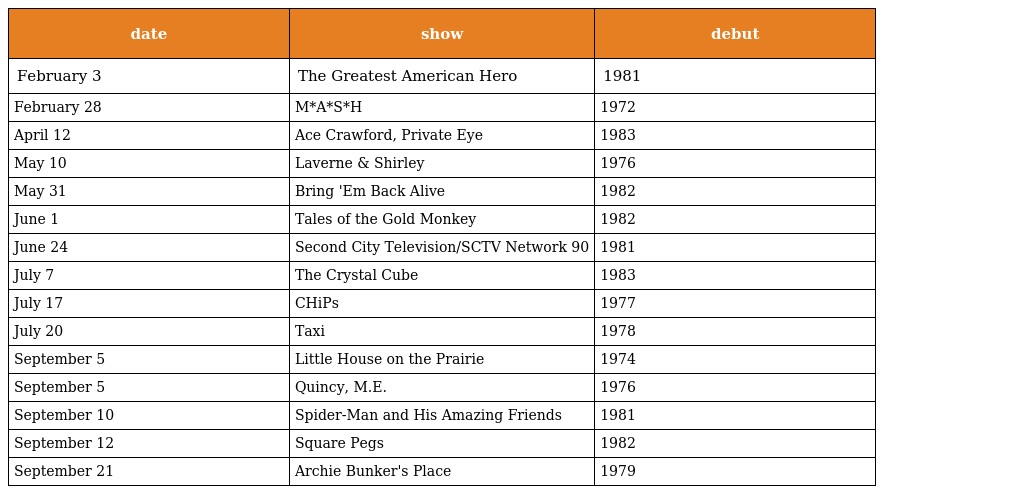
| date | show | debut |
 | --- | --- | --- |
 | February 3 | The Greatest American Hero | 1981 |
 | February 28 | M*A*S*H | 1972 |
 | April 12 | Ace Crawford, Private Eye | 1983 |
 | May 10 | Laverne & Shirley | 1976 |
 | May 31 | Bring 'Em Back Alive | 1982 |
 | June 1 | Tales of the Gold Monkey | 1982 |
 | June 24 | Second City Television/SCTV Network 90 | 1981 |
 | July 7 | The Crystal Cube | 1983 |
 | July 17 | CHiPs | 1977 |
 | July 20 | Taxi | 1978 |
 | September 5 | Little House on the Prairie | 1974 |
 | September 5 | Quincy, M.E. | 1976 |
 | September 10 | Spider-Man and His Amazing Friends | 1981 |
 | September 12 | Square Pegs | 1982 |
 | September 21 | Archie Bunker's Place | 1979 |